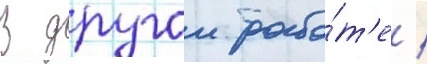
В другои рабо́т'е /